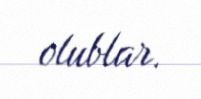
olublar.